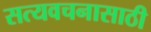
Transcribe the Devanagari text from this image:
सत्यवचनासाठी